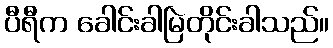
ပီရီက ခေါင်းခါမြဲတိုင်းခါသည်။